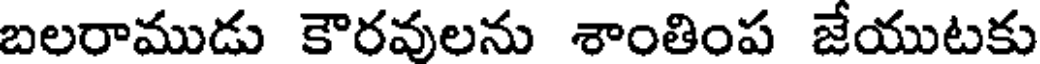
బలరాముడు కౌరవులను శాంతింప జేయుటకు